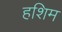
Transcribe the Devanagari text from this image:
हशिम